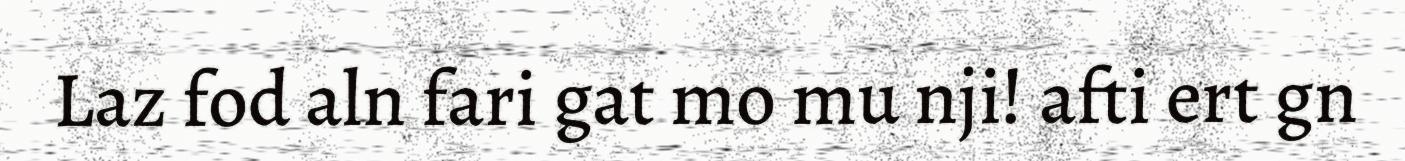
Laz fod aln fari gat mo mu nji! afti ert gn